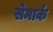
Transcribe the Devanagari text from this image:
सेमार्क